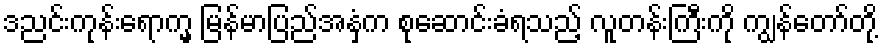
ဒညင်းကုန်းရောက္မှ မြန်မာပြည်အနှံ့က စုဆောင်းခံရသည့် လူတန်းကြီးကို ကျွန်တော်တို့